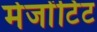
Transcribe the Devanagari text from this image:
मेजोंटिंट